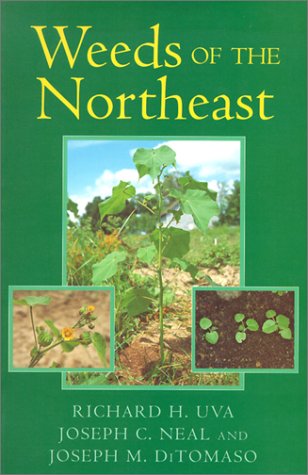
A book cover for Weeds of the Northeast; Richard H. Uva; Crafts, Hobbies & Home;